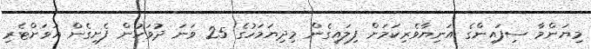
މިޔަންމާ ސިފައިންގެ އަނިޔާވެރިކަމަށް ފިލައިގެން މިދިޔަމަހުގެ 25 ވަނަ ދުވަހުން ފެށިގެން އަވަށްޓެރި